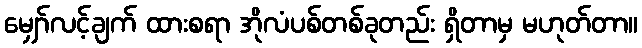
မျှော်လင့်ချက် ထားစရာ အိုလံပစ်တစ်ခုတည်း ရှိတာမှ မဟုတ်တာ။